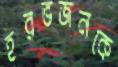
হরভজনকে